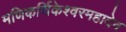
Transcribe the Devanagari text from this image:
मणिकर्णिकेश्वरमहादेव